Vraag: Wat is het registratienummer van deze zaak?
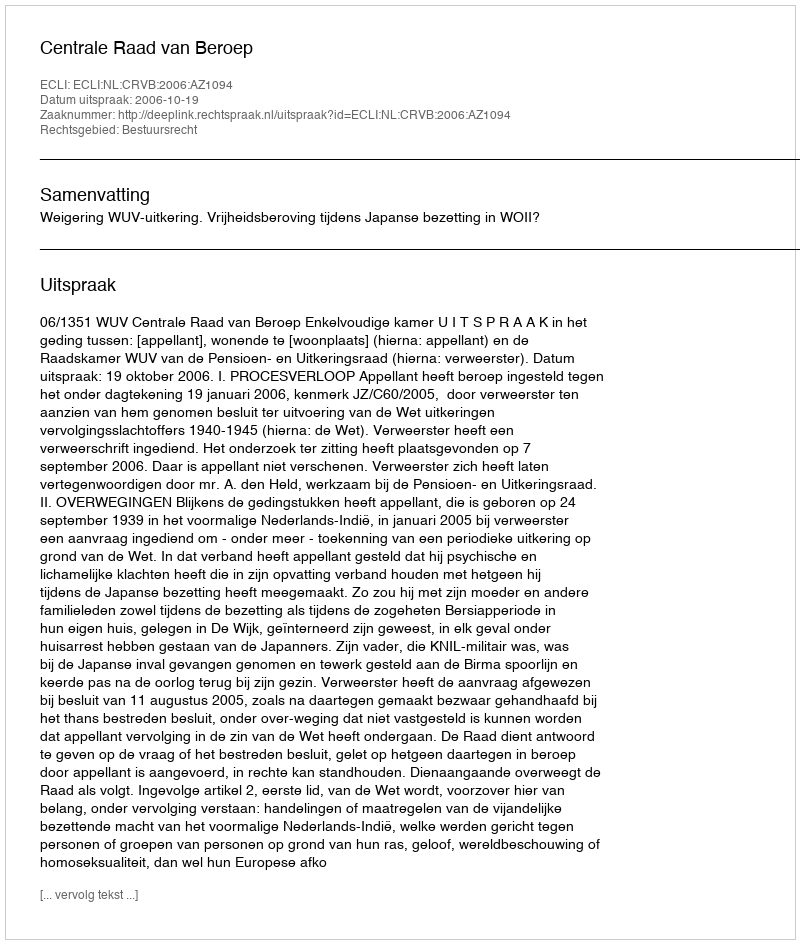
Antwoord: http://deeplink.rechtspraak.nl/uitspraak?id=ECLI:NL:CRVB:2006:AZ1094